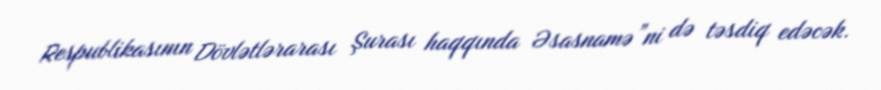
Respublikasının Dövlətlərarası Şurası haqqında Əsasnamə”ni də təsdiq edəcək.